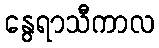
နွေရာသီကာလ